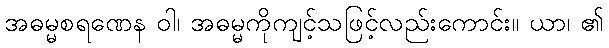
အဓမ္မစရဏေန ဝါ၊ အဓမ္မကိုကျင့်သဖြင့်လည်းကောင်း။ ယာ၊ ၏